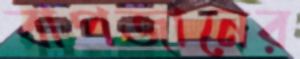
বাপজানের